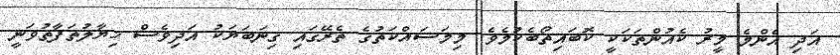
އަދި އެންމެ މީރު ކެއުންތަކަކީ ކޮބައިތޯބެކުމެވެ. މިމަސައްކަތުގެ ތެރޭގައި ގިނަބަޔަކު އަދިވެސް ޚިޔާލުތަފާތުވަނީ